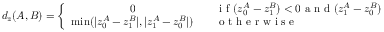
d _ { z } ( A , B ) = \left\{ \begin{array} { c l } { 0 } & { \quad \textrm { i f } ( z _ { 0 } ^ { A } - z _ { 1 } ^ { B } ) < 0 \textrm { a n d } ( z _ { 1 } ^ { A } - z _ { 0 } ^ { B } ) < 0 } \\ { \operatorname* { m i n } ( | z _ { 0 } ^ { A } - z _ { 1 } ^ { B } | , | z _ { 1 } ^ { A } - z _ { 0 } ^ { B } | ) } & { \quad \textrm { o t h e r w i s e } } \end{array} \right.